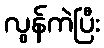
လွန်ကဲပြီး